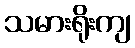
သမားရိုးကျ